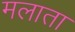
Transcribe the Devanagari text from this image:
मलाता